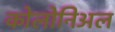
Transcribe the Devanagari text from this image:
कोलोनिअल